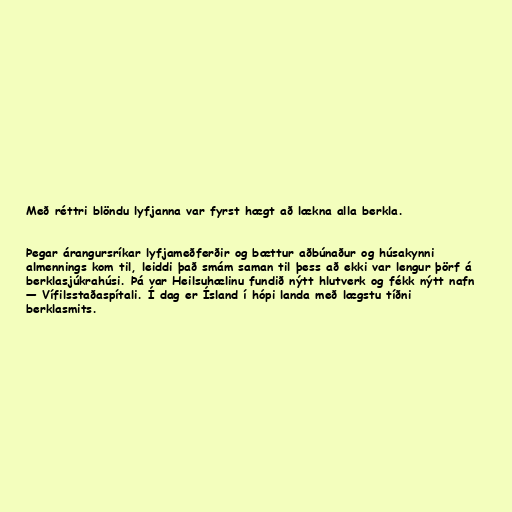
Með réttri blöndu lyfjanna var fyrst hægt að lækna alla berkla.

Þegar árangursríkar lyfjameðferðir og bættur aðbúnaður og húsakynni
almennings kom til, leiddi það smám saman til þess að ekki var lengur þörf á
berklasjúkrahúsi. Þá var Heilsuhælinu fundið nýtt hlutverk og fékk nýtt nafn
— Vífilsstaðaspítali. Í dag er Ísland í hópi landa með lægstu tíðni
berklasmits.